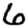
Digit: 6